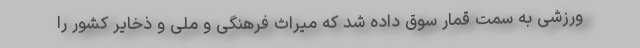
ورزشی به سمت قمار سوق داده شد که میراث فرهنگی و ملی و ذخایر کشور را